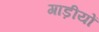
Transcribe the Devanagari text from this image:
गाड़ीयों